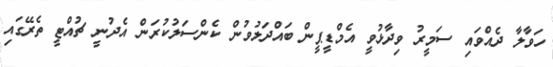
ހަވާލާ ދެއްވައި ސަމީރު ވިދާޅުވީ އެމްޑީޕީން ބައްދަލުވުން ކެންސަލުކުރަން އެދުނީ ޗުއްޓީ ތެރޭގައި